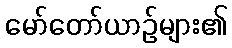
မော်တော်ယာဉ်များ၏